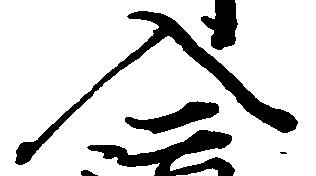
入